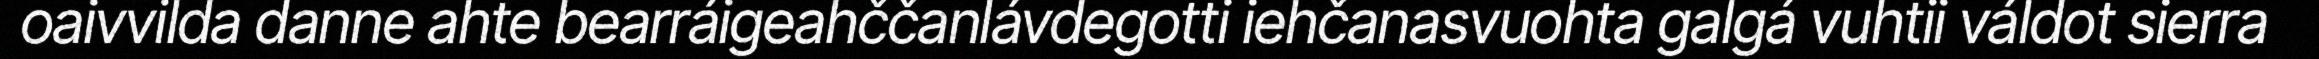
oaivvilda danne ahte bearráigeahččanlávdegotti iehčanasvuohta galgá vuhtii váldot sierra